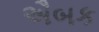
ઐબક